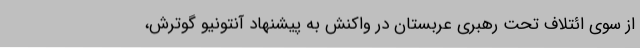
از سوی ائتلاف تحت رهبری عربستان در واکنش به پیشنهاد آنتونیو گوترش،